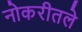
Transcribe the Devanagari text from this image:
नोकरीतले